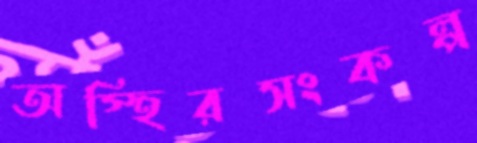
অস্হিরসংকল্প